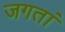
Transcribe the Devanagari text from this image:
जगतां